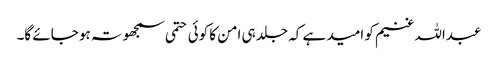
عبداللہ غنیم کو امید ہے کہ جلد ہی امن کا کوئی حتمی سمجھوتہ ہو جائے گا۔